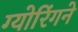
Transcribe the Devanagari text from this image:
ग्योरिंगने